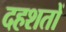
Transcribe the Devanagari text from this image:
दहशतों